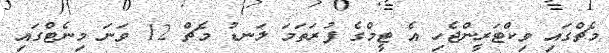
މެޗްގައި ވިކްޓަރީންޖެހި އެ ޓީމްގެ ފުރަތަމަ ލަނޑު މެޗް 12 ވަނަ މިނެޓްގައި